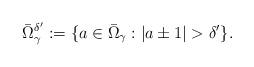
LaTeX: \begin{align*}\bar\Omega_\gamma^{\delta'}:=\{a\in \bar\Omega_\gamma:|a\pm 1|>\delta'\}.\end{align*}